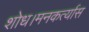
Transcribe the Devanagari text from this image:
शोध।मनकर्त्यास